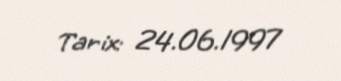
Tarix: 24.06.1997